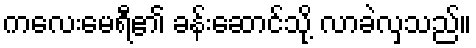
ကလေးမေရီ၏ ခန်းဆောင်သို့ လာခဲလှသည်။